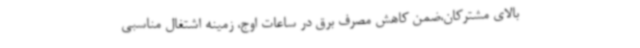
بالای مشترکان،ضمن کاهش مصرف برق در ساعات اوج، زمینه اشتغال مناسبی